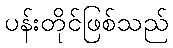
ပန်းတိုင်ဖြစ်သည်